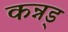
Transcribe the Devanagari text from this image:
कन्नड्